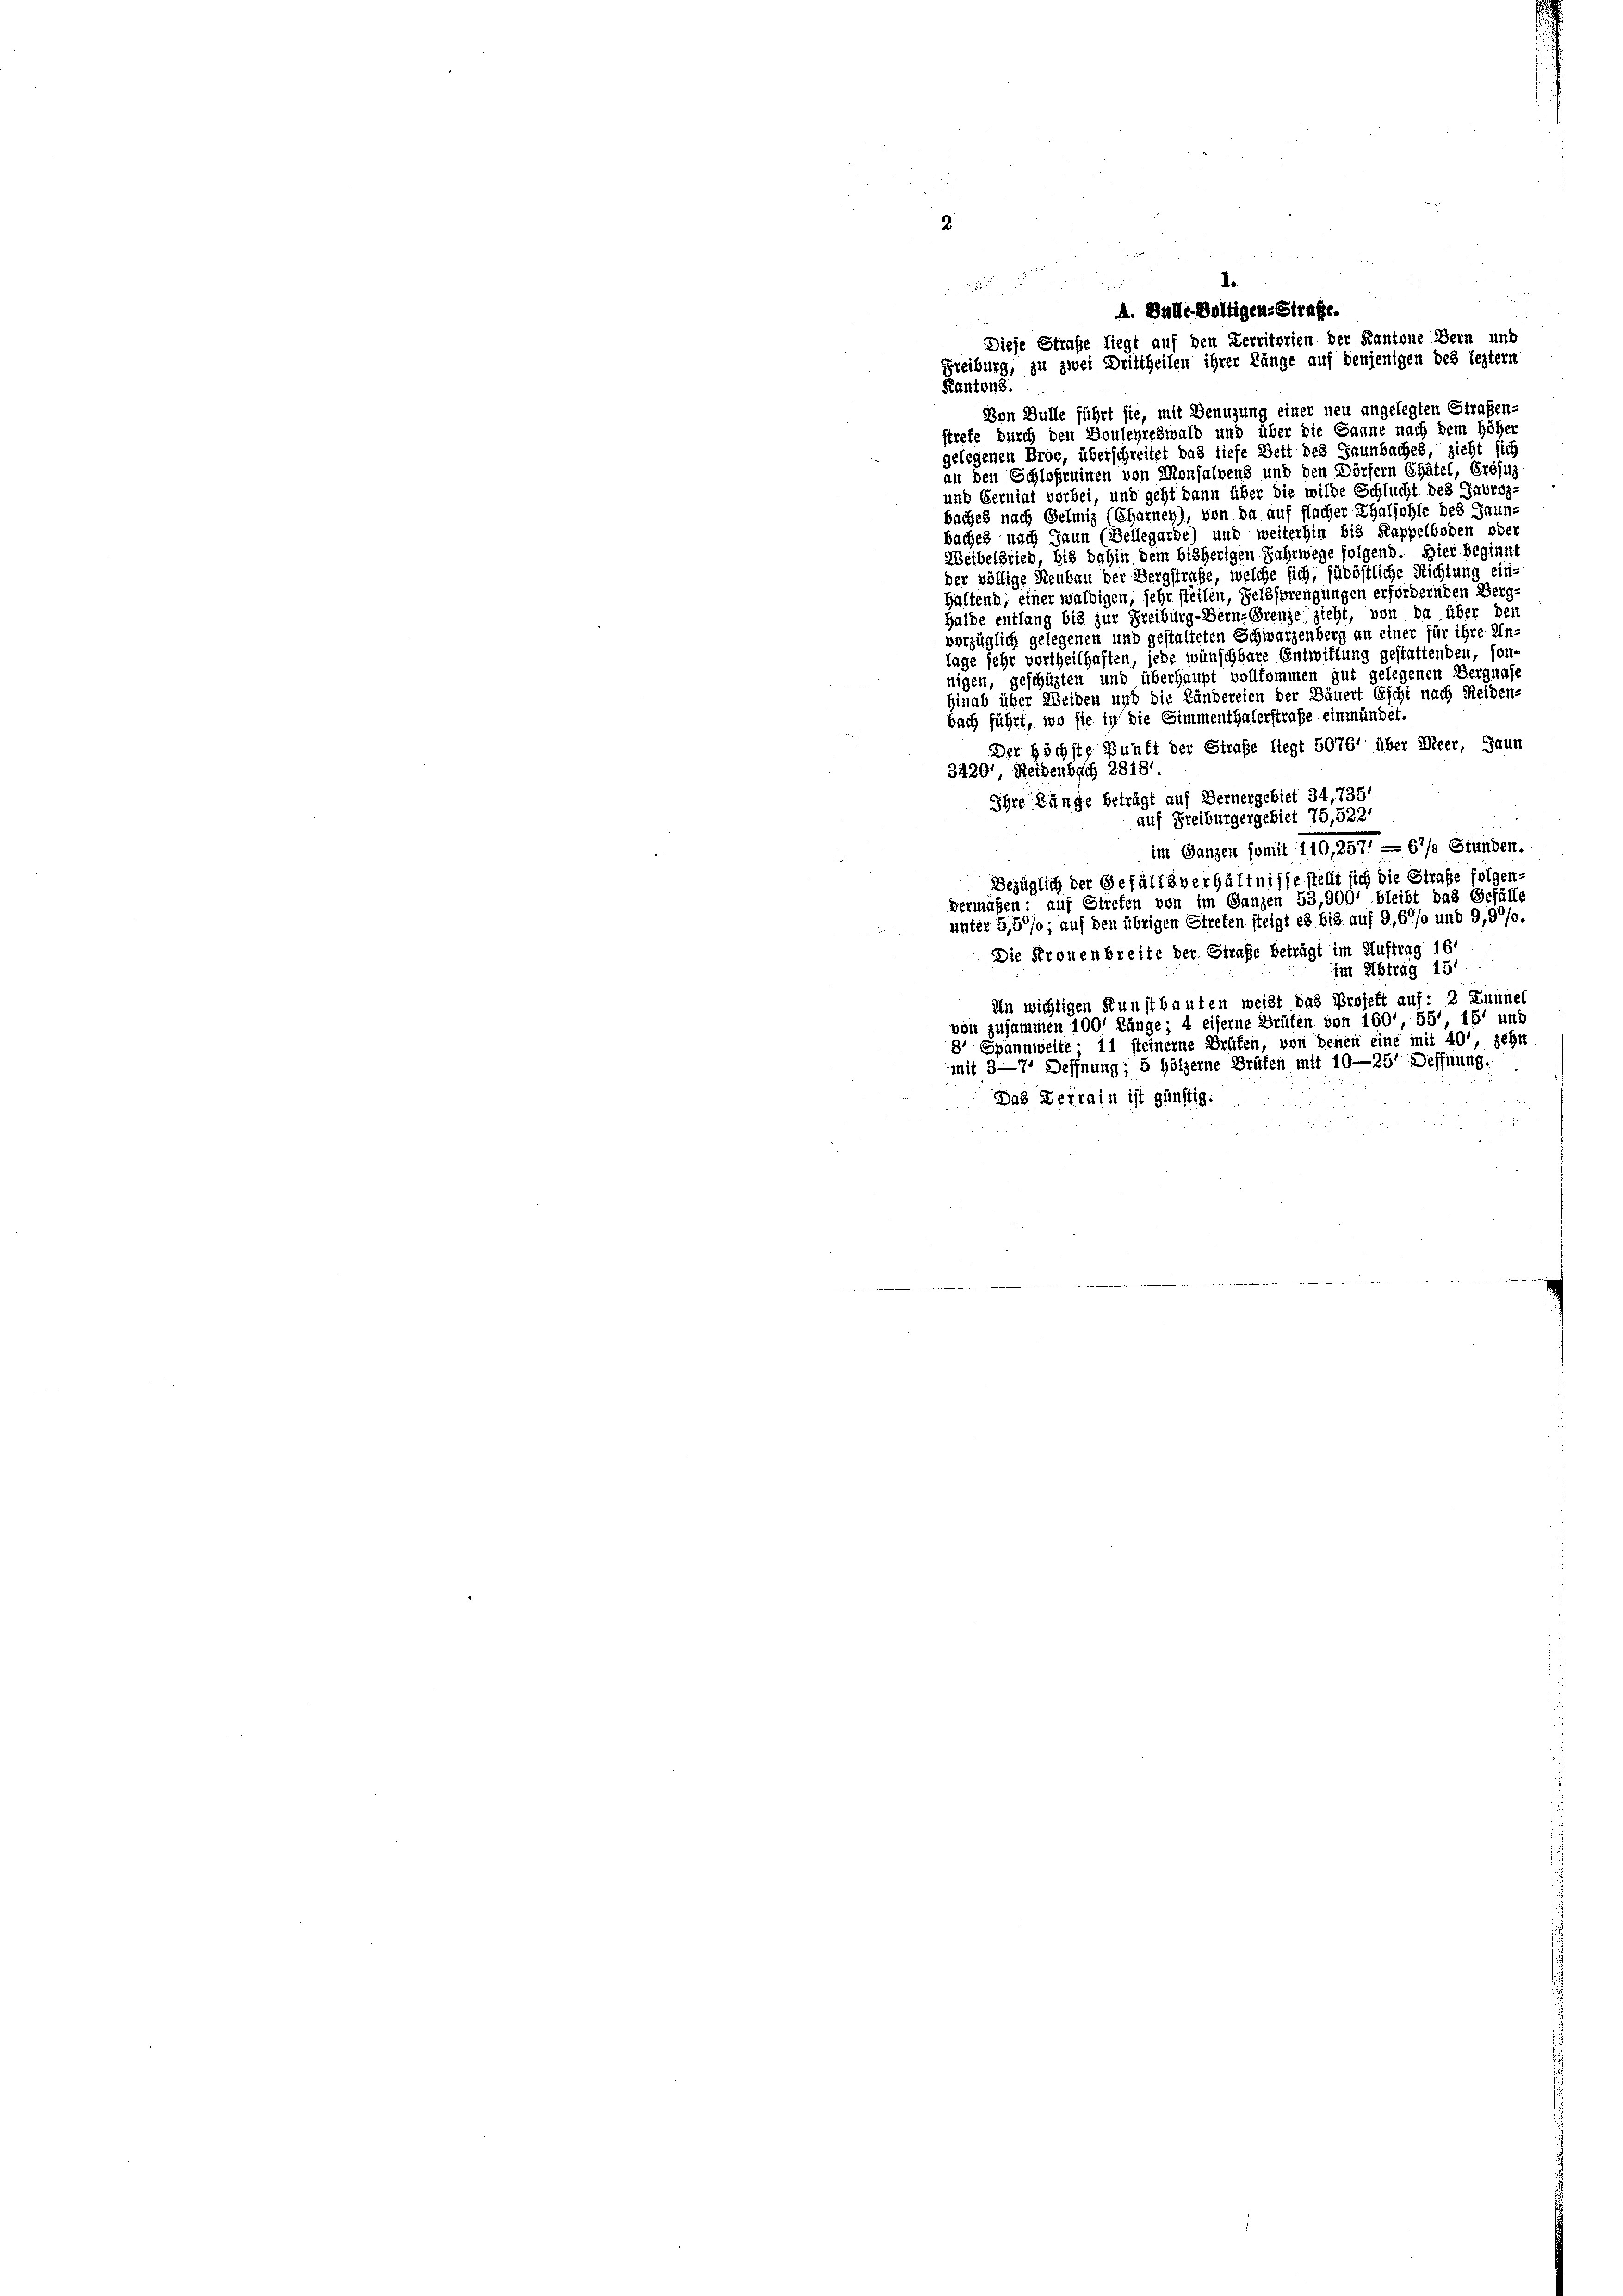
1.

A. Balle Voltigene Strafe.
Diese Straße liegt auf den Verritorien der Kantone Bern und
Freiburg, zu zwei Drittheilen ihrer Länge auf denjenigen des leztern

Kantons.
Von Bulle führt sie, mit Benuzung einer neu angelegten Strafen-
strete durch den Boulehreswald und über die Saane nach dem höher
gelegenen Broc, überschreitet das tiefe Bett des Jaunbaches, zieht sich
an den Schloßruinen von Monsalvens und den Dörfern Chätel, Crésuz
und berniat vorbei, und geht dann über die wilde Schlucht des Favroz.
baches nach Gelmiz (Charney), von da auf flacher Thaljohle des Jaun-
baches nach Jaun (Bellegarde) und weiterhin bis Kappelboden oder
Weibelbrieb, bis dahin dem bisherigen Fahrwege folgend. Hier beginnt
der völlige Neubau der Bergstrafe, welche sich, jüdöstliche Richtung ein-
haltend, einer waldigen, sehr steilen, Feldsprengungen erfordernden Berg-
Halde entlang bis zur Freiburg-Bern-Grenze zieht, von da über den
vorzüglich gelegenen und gestalteten Schwarzenberg an einer für ihre Un-
lage sehr vortheilhaften, jede wünschbare Entwittung gestattenden, son
nigen, geschüzten und überhaupt vollkommen gut gelegenen Vergnafe
Hinab über Weiden und die Ländereien der Dauert Eschi nach Reiden-
bach führt, wo sie in die Simmenthalerstrafe einmündet.
Der Höchste Bunft der Straße liegt 5076' über Meer, Jaun
3420. Seidenbach 2818.
Ihre Länge beträgt auf Bernergebiet 34,7351
auf Freiburgergebiet 75,5221
im Ganzen somit 110,257 - 67/ Stunden.
Bezüglich der Gefällsverhältnisse stellt sich die Strafe folgen-
dermagen: auf Streten von im Ganzen 53,900' bleibt das Gefälle
unter 5,5%; auf den übrigen Streten steigt es bis auf 9,60% und 9,9°/o.
Die Kronenbreite der Strafe beträgt im Auftrag 16
im Abtrag 151
In wichtigen Kunstbauten weißt das Projekt auf: 2 Lunnel
von zusammen 100' Länge; 4 eiserne Grüten von 160. 55, 151 und
8' Spannweite 11 steinerne Grüfen, von denen eine mit 40' zehn
mit 3—71 Deffnung; 5 Hölzerne Brüfen mit 10—25' Deffnung.
Das Verrain ist günstig.